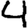
Digit: 4